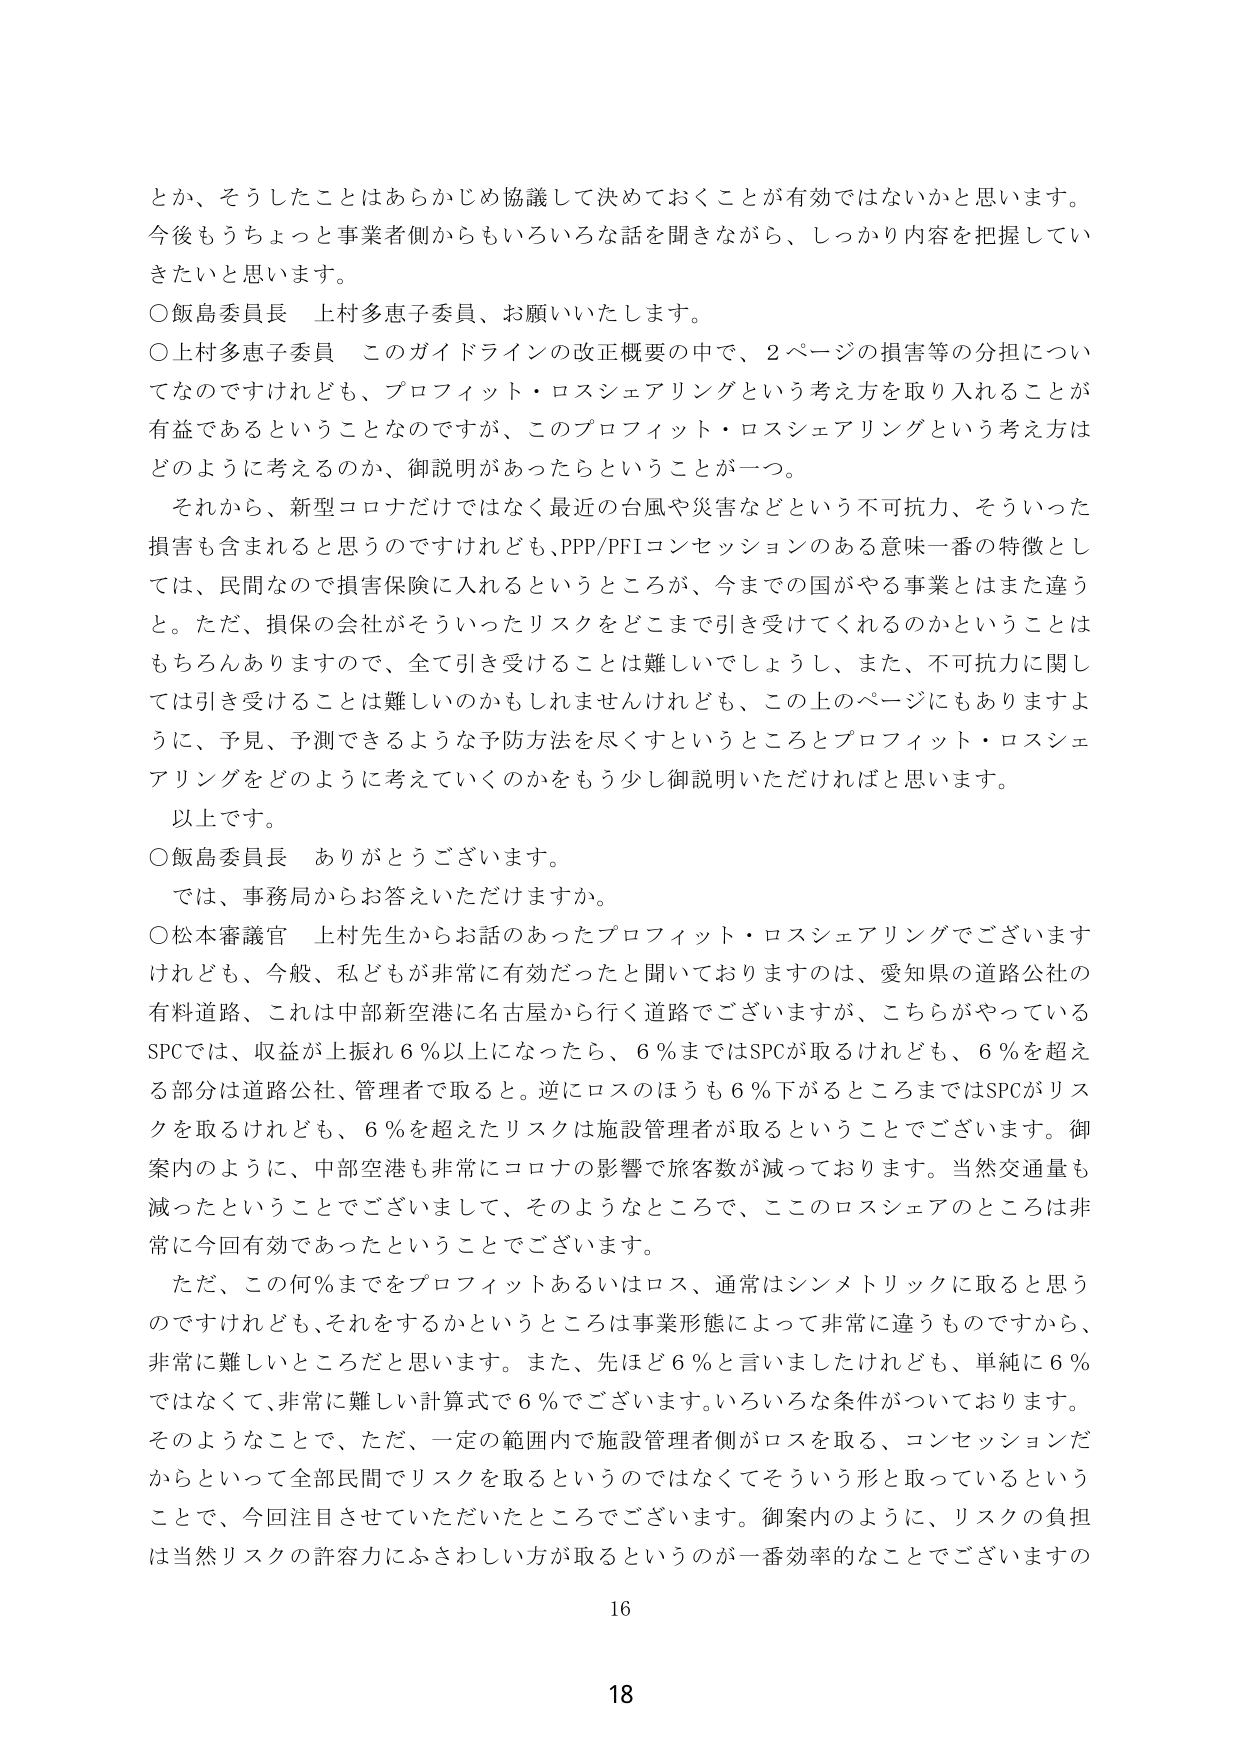
とか、そうしたことはあらかじめ協議して決めておくことが有効ではないかと思います。
今後もうちょっと事業者側からもいろいろな話を聞きながら、しっかり内容を把握していきたいと思います。

○飯島委員長 上村多恵子委員、お願いいたします。

○上村多恵子委員 このガイドラインの改正概要の中で、2ページの損害等の分担についてなのですがけれども、プロフィット・ロスシェアリングという考え方を取り入れることが有益であるということなのですが、このプロフィット・ロスシェアリングという考え方はどのように考えるのか、御説明があったらということが一つ。

それから、新型コロナだけではなく最近の台風や災害などという不可抗力、そういった損害も含まれると思うのですけれども、PPP/PFIコンセッションのある意味一番の特徴としては、民間なので損害保険に入れるというところが、今までの国がやる事業とはまた違うと。ただ、損保の会社がそういったリスクをどこまで引き受けてくれるのかということはもちろんでありますので、全て引き受けることは難しいでしょうし、また、不可抗力に関しては引き受けることは難しいのかもしれませんけれども、この上のページにもありますように、予見、予測できるような予防方法を尽くすというところとプロフィット・ロスシェアリングをどのように考えていくのかをもう少し御説明いただければと思います。

以上です。

○飯島委員長 ありがとうございます。
では、事務局からお答えいただけますか。

○松本審議官 上村先生からお話のあったプロフィット・ロスシェアリングでございますけれども、今般、私どもが非常に有効だったと聞いておりますのは、愛知県の道路公社の有料道路、これは中部新空港に名古屋から行く道路でございますが、こちらがやっているSPCでは、収益が上振れ6％以上になったら、6％まではSPCが取るけれども、6％を超える部分は道路公社、管理者で取ると。逆にロスのほうも6％下がるところまではSPCがリスクを取るけれども、6％を超えたリスクは施設管理者が取るということでございます。御案内のように、中部空港も非常にコロナの影響で旅客数が減っております。当然交通量も減ったということでございまして、そのようなところで、ここのロスシェアのところは非常に今回有効であったということでございます。

ただ、この何％までをプロフィットあるいはロス、通常はシンメトリックに取ると思うのですけれども、それをするかというところは事業形態によって非常に違うものですから、非常に難しいところだと思います。また、先ほど6％と言いましたけれども、単純に6％ではなくて、非常に難しい計算式で6％でございます。いろいろな条件がついております。

そのようなことで、ただ、一定の範囲内で施設管理者側がロスを取る、コンセッションだからといって全部民間でリスクを取るというのではなくてそういう形と取っているということで、今回注目させていただいたところでございます。御案内のように、リスクの負担は当然リスクの許容力にふさわしい方が取るというのが一番効率的なことでございますの

16
18